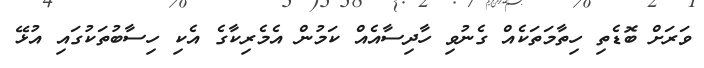
ވަރަށް ބޮޑެތި ހިތާމަތަކެއް ގެނުވި ހާދިސާއެއް ކަމުން އެމެރިކާގެ އެކި ހިސާބުތަކުގައި އުޅޭ